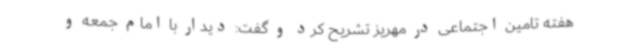
هفته تامین اجتماعی در مهریز تشریح کرد و گفت: دیدار با امام جمعه و